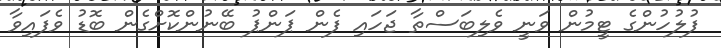
ފުލުހުންގެ ޓީމުން ވަނީ ވެލިބަސްތާ ޖަހައި ފެން ޕަންޕު ބޭނުންކޮށްގެން ބޮޑު ވެފައިވާ